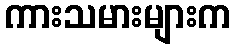
ကားသမားများက